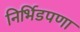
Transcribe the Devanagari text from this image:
निर्भिडपणा